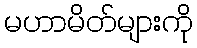
မဟာမိတ်များကို